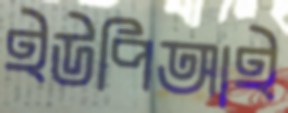
ইউপিআই